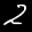
Label: 2